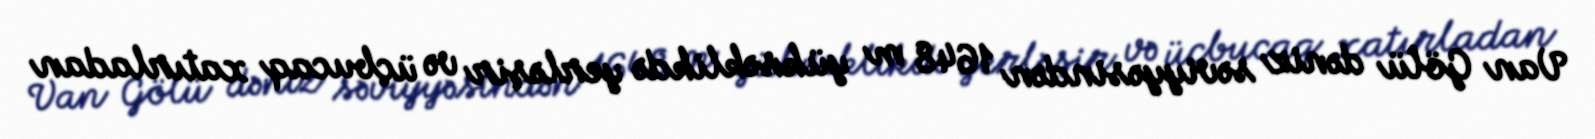
Van Gölü dəniz səviyyəsindən 1648 m yüksəklikdə yerləşir və üçbucaq xatırladan